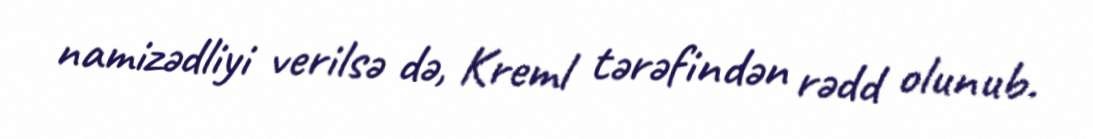
namizədliyi verilsə də, Kreml tərəfindən rədd olunub.